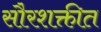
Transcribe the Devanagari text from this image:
सौरशक्तीत